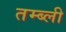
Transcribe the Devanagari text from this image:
तम्ब्ली